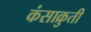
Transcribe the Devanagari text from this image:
कंसाक्रुती